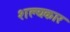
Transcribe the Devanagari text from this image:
शल्यकार